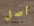
أصل